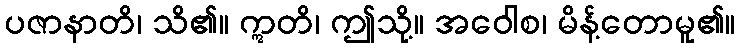
ပဇာနာတိ၊ သိ၏။ ဣတိ၊ ဤသို့။ အဝေါစ၊ မိန့်တောမူ၏။